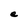
Character: e